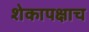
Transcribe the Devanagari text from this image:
शेकापक्षाच